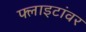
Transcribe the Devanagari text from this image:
फ्लाइटांवर